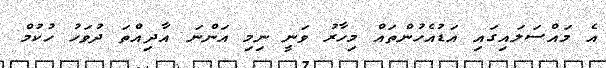
އެ މައްސަލައިގައި އަޑުއެހުންތައް މިހާރު ވަނީ ނިމި އަންނަ އާދިއްތަ ދުވަހު ހުކުމް